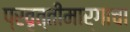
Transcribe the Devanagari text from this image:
प्रवृत्तीमार्गाचा